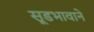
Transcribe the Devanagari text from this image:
सूडभावाने